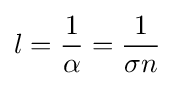
l={1 \over \alpha }={1 \over \sigma n}